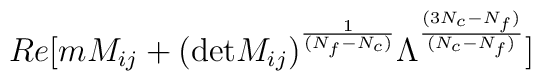
Re[ m M_{ij} + ({\rm det} M_{ij})^ { 1 \over (N_f - N_c) } \Lambda^{(3N_c-N_f)  \over (N_c-N_f)}]